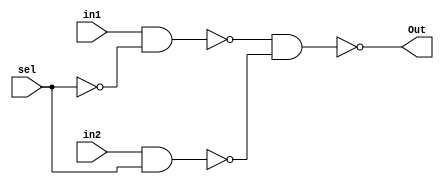
module mux2_1(Out, in1, in2, sel);

  input in1, in2; 
  input sel; 
  output Out;


  wire notS, nand1, nand2;

  assign notS = ~sel;  

  assign nand1 = ~(in1 & notS);
  assign nand2 = ~(in2 & sel);

  assign Out = ~(nand1 & nand2);

endmodule